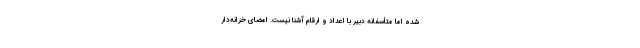
شده اما متأسفانه دبیر با اعداد و ارقام آشنا نیست. امضای خزانه‌دار